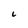
Character: i